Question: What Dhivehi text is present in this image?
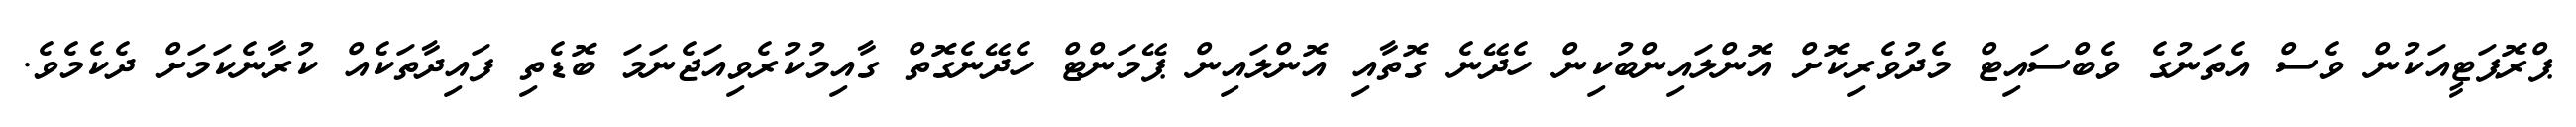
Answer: ޕްރޮޕަޓީއަކުން ވެސް އެތަނުގެ ވެބްސައިޓް މެދުވެރިކޮށް އޮންލައިންބުކިން ހެދޭނެ ގޮތާއި އޮންލައިން ޕޭމަންޓް ހެދޭނެގޮތް ގާއިމުކުރެވިއަޖެނަމަ ބޮޑެތި ފައިދާތަކެއް ކުރާނެކަމަށް ދެކެމެވެ.